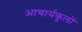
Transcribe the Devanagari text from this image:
आचार्यकुलों